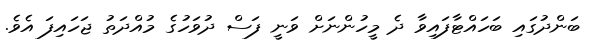
ބަންދުގައި ބަހައްޓާފައިވާ ދެ މީހުންނަށް ވަނީ ފަސް ދުވަހުގެ މުއްދަތު ޖަހައިފަ އެވެ.